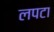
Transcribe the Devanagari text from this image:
लपटा